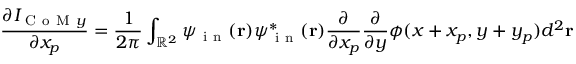
\frac { \partial I _ { \mathrm { ~ C ~ o ~ M ~ } y } } { \partial x _ { p } } = \frac { 1 } { 2 \pi } \int _ { \mathbb { R } ^ { 2 } } \psi _ { \mathrm { ~ i ~ n ~ } } ( \mathbf { r } ) \psi _ { \mathrm { ~ i ~ n ~ } } ^ { * } ( \mathbf { r } ) \frac { \partial } { \partial x _ { p } } \frac { \partial } { \partial y } \phi ( x + x _ { p } , y + y _ { p } ) d ^ { 2 } \mathbf { r }